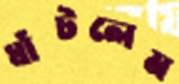
ঘাঁটলেম